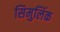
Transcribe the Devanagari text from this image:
सिमुलिंक